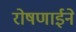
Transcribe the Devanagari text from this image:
रोषणाईने